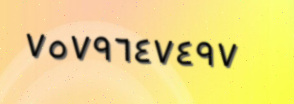
٧٥٧٩٦٤٧٤٩٧